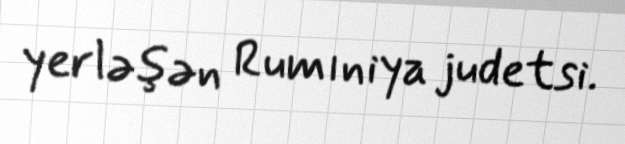
yerləşən Rumıniya judetsi.